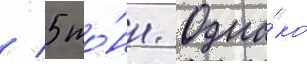
/ 5 то́нн. Одна́ко